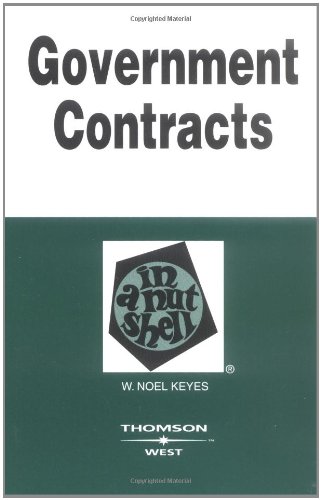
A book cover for Keye's Government Contracts in a Nutshell (In a Nutshell (West Publishing)); W. Noel Keyes; Law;